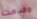
وقدمت